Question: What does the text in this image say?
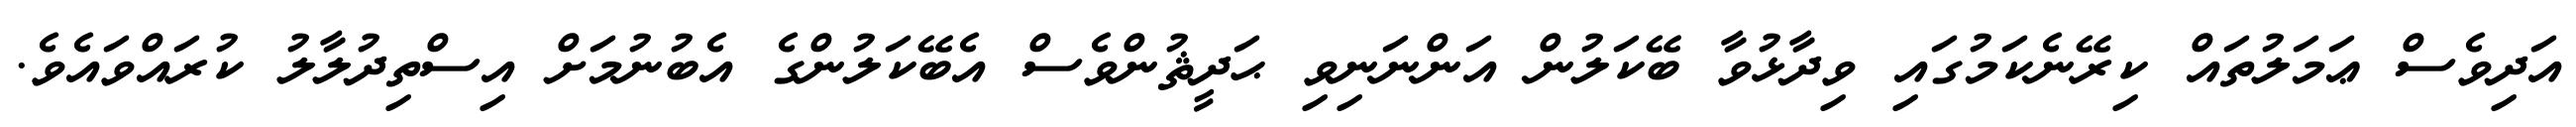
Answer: އަދިވެސް ޢަމަލުތައް ކިރޭނެކަމުގައި ވިދާޅުވާ ބޭކަލުން އަންނަނިވި ޙަދީޘުންވެސް އެބޭކަލުންގެ އެބުނުމަށް އިސްތިދުލާލު ކުރައްވައެވެ.